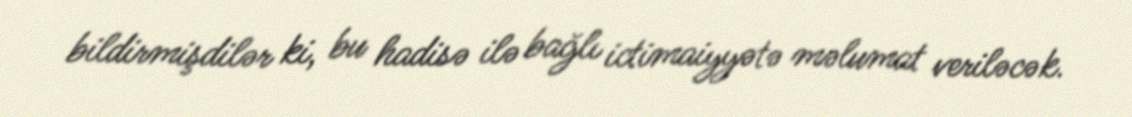
bildirmişdilər ki, bu hadisə ilə bağlı ictimaiyyətə məlumat veriləcək.